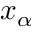
x _ { \alpha }